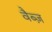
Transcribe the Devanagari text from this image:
वैब्ज़